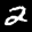
Label: 2